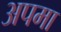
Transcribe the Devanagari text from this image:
अपमा